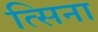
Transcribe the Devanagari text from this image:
त्सिना